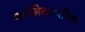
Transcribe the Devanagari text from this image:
कममिळकतीवर